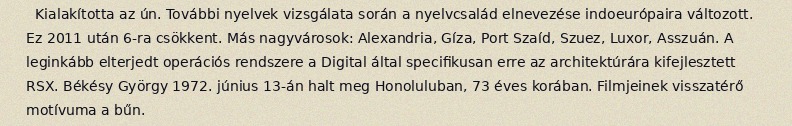
Kialakította az ún. További nyelvek vizsgálata során a nyelvcsalád elnevezése indoeurópaira változott. Ez 2011 után 6-ra csökkent. Más nagyvárosok: Alexandria, Gíza, Port Szaíd, Szuez, Luxor, Asszuán. A leginkább elterjedt operációs rendszere a Digital által specifikusan erre az architektúrára kifejlesztett RSX. Békésy György 1972. június 13-án halt meg Honoluluban, 73 éves korában. Filmjeinek visszatérő motívuma a bűn.